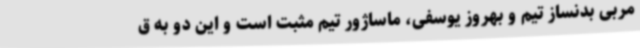
مربی بدنساز تیم و بهروز یوسفی، ماساژور تیم مثبت است و این دو به ق